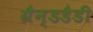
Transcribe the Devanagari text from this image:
ग्रैन्डडैडी